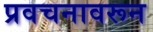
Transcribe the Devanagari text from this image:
प्रवचनावरून